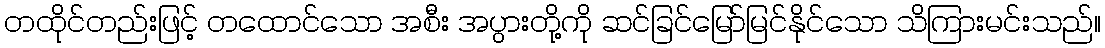
တထိုင်တည်းဖြင့် တထောင်သော အစီး အပွားတို့ကို ဆင်ခြင်မြော်မြင်နိုင်သော သိကြားမင်းသည်။